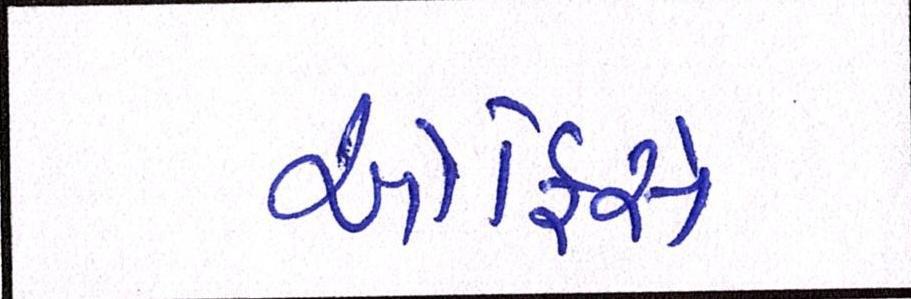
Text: ઓફિસે